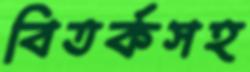
বিতর্কসহ